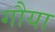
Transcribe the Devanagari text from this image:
गौया